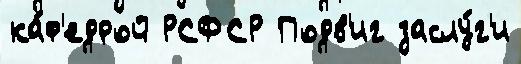
ка́ф'едрой РСФСР Подв'иг заслу́г'и